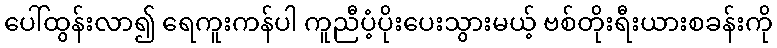
ပေါ်ထွန်းလာ၍ ရေကူးကန်ပါ ကူညီပံ့ပိုးပေးသွားမယ့် ဗစ်တိုးရီးယားစခန်းကို